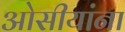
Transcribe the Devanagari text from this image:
ओसीयांना